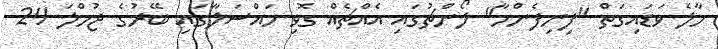
މާލެ ވަޑައިގަތް "ފިނިފެންމާ" ލޯންޗުގައި އެއްޗެއް ގޮވި މައްސަލާގައި ބޭރުގެ ޖުމްލަ 24